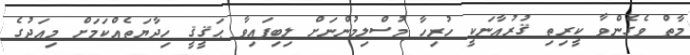
މާތް ވެގެންވާ ކީރިތި ޤުރުއާނަކީ ހުރިހާ މުސްލިމުންނަށް ލިބިފައިވާ ޙަޤީޤީ ހިދާޔަތެއްކަމަށް މިއަދުގެ